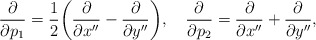
\begin{align*}{\partial \over \partial p_1} = {1\over2} \biggl( {\partial \over \partial x''} - {\partial \over \partial y''} \biggr), \quad{\partial \over \partial p_2} = {\partial \over \partial x''} + {\partial \over \partial y''},\end{align*}